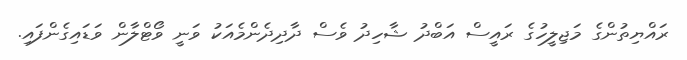
ރައްޔިތުންގެ މަޖިލީހުގެ ރައީސް އަބްދު ޝާހިދު ވެސް ދާދިދެންމެއަކު ވަނީ ވޯޓްލާން ވަޑައިގެންފައި.